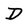
Character: D